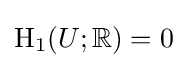
\operatorname {H} _{1}(U;\mathbb {R} )=0